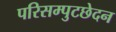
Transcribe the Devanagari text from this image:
परिसम्पुटछेदन